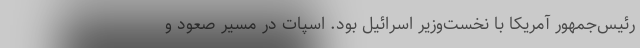
رئیس‌جمهور آمریکا با نخست‌وزیر اسرائیل بود. اسپات در مسیر صعود و